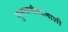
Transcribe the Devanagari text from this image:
सुलतानीवालाशी